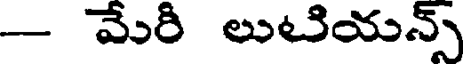
- మేరి లుటియన్స్